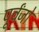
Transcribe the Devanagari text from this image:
पूर्वंजों